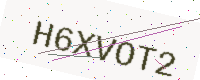
Text: H6XVOT2